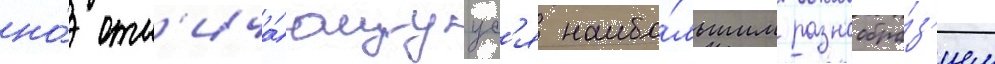
но́ отл'ича́ющуус'я наибо́льшим разнообра́з'ием